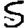
Digit: 5